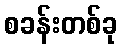
စခန်းတစ်ခု